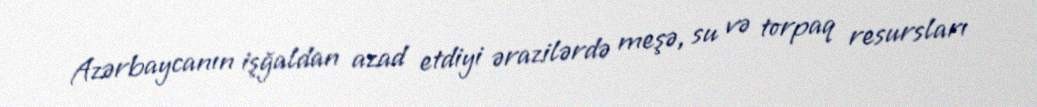
Azərbaycanın işğaldan azad etdiyi ərazilərdə meşə, su və torpaq resursları